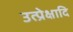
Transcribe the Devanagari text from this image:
उत्प्रेक्षादि